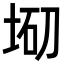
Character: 𡌇